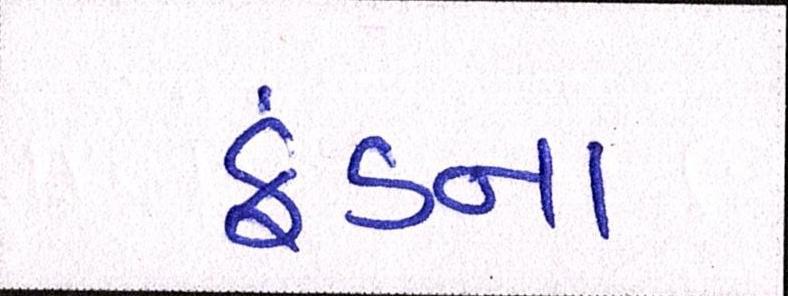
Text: ફંડના